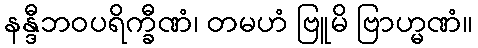
နန္ဒီဘဝပရိက္ခီဏံ၊ တမဟံ ဗြူမိ ဗြာဟ္မဏံ။